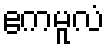
ဧကမူလံ